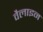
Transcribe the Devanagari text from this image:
वैलाइन